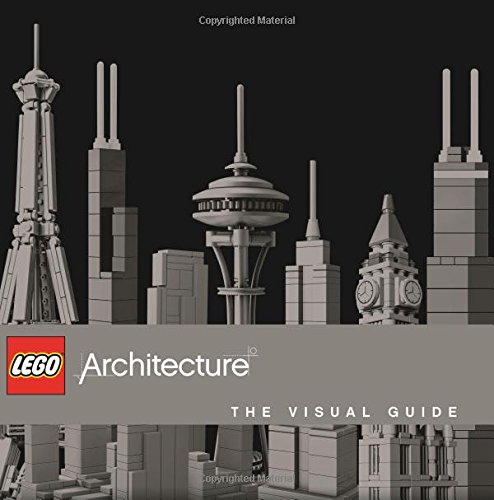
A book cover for LEGO Architecture: The Visual Guide; Philip Wilkinson; Crafts, Hobbies & Home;